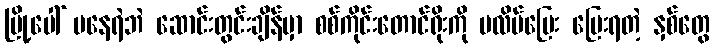
မြို့ပေါ် မနေရဲဘဲ ဆောင်းတွင်းချိန်မှာ စစ်ကိုင်းတောင်ရိုးကို ပလိပ်ပြေး ပြေးရတဲ့ နှစ်တွေ